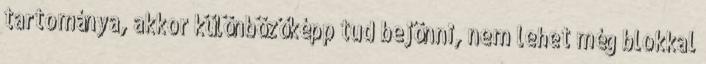
tartománya, akkor különbözőképp tud bejönni, nem lehet még blokkal